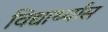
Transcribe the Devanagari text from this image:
विद्यार्थ्यांस